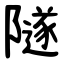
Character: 隧